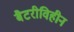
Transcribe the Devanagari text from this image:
बैटरीविहीन